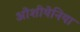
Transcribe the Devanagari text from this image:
ओशीयेनिया